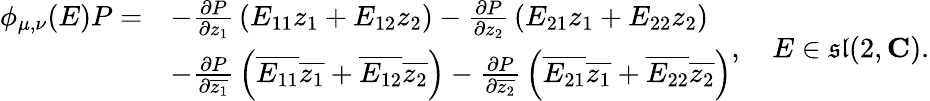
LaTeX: {\begin{array}{rl}{\phi_{\mu,\nu}(E)P=}&{-{\frac{\partial P}{\partial z_{1}}}\left(E_{11}z_{1}+E_{12}z_{2}\right)-{\frac{\partial P}{\partial z_{2}}}\left(E_{21}z_{1}+E_{22}z_{2}\right)}\\ &{-{\frac{\partial P}{\partial{\overline{{z_{1}}}}}}\left({\overline{{E_{11}}}}{\overline{{z_{1}}}}+{\overline{{E_{12}}}}{\overline{{z_{2}}}}\right)-{\frac{\partial P}{\partial{\overline{{z_{2}}}}}}\left({\overline{{E_{21}}}}{\overline{{z_{1}}}}+{\overline{{E_{22}}}}{\overline{{z_{2}}}}\right)}\end{array}},\quad E\in{\mathfrak{sl}}(2,\mathbf{C}).